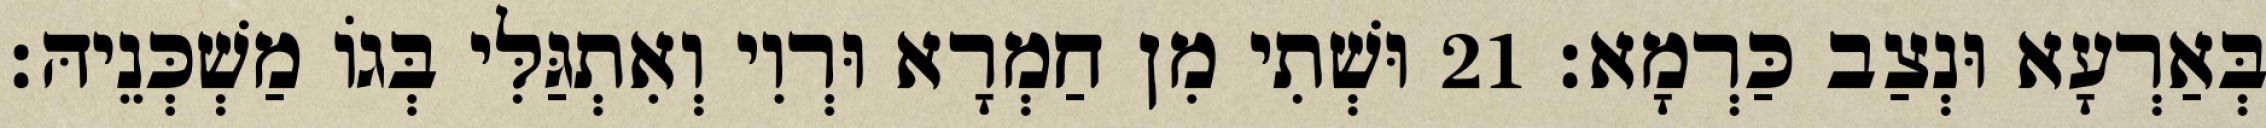
בְּאַרְעָא וּנְצַב כַּרְמָא׃ 21 וּשְׁתִי מִן חַמְרָא וּרְוִי וְאִתְגַּלִּי בְּגוֹ מַשְׁכְּנֵיהּ׃